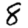
Digit: 8